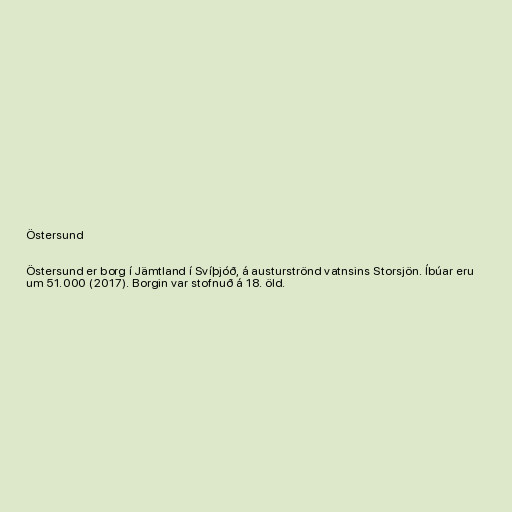
Östersund

Östersund er borg í Jämtland í Svíþjóð, á austurströnd vatnsins Storsjön. Íbúar eru
um 51.000 (2017). Borgin var stofnuð á 18. öld.